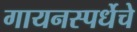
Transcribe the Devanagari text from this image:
गायनस्पर्धेचे